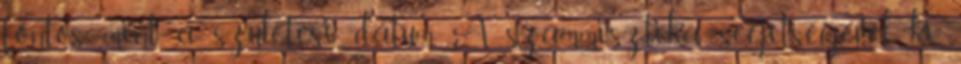
fontos, mint a születési dátum. A számmisztika segítségével ki